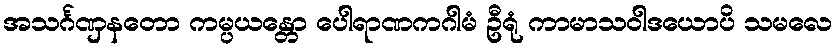
အသင်္ဂဏှနတော ကမ္ပယန္တော ပေါရာဏကဂါမံ ဦရုံ ကာမာသဝါဒယောပိ သမလေ